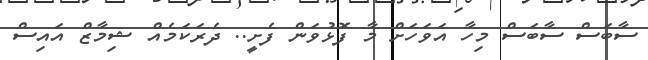
ސާބަސް ސާބަސް މިހާ އަވަހަށް މާ ފޮޅުވަން ފެށީ.. ދެރަކަމެއް ޝިމާޒް އައިސް